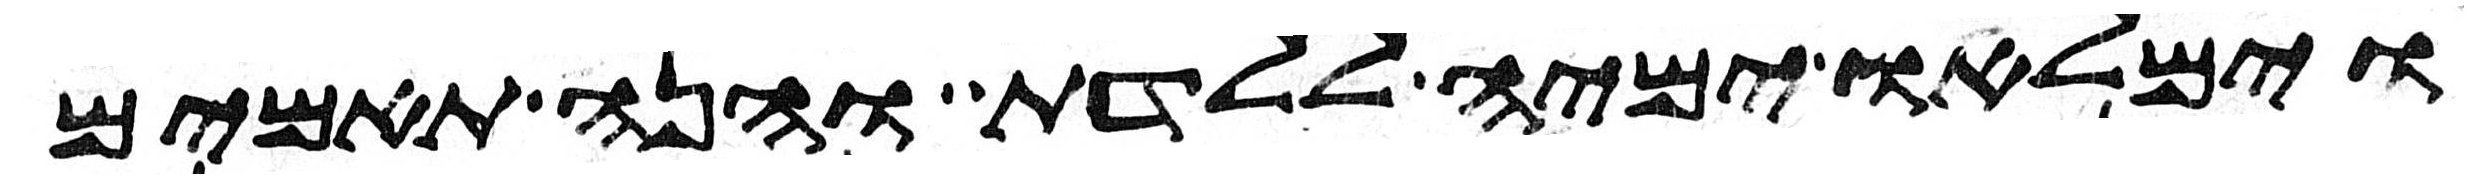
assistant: וימלאו ימיה ללדת והנה תאמים